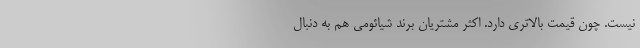
نیست. چون قیمت بالاتری دارد. اکثر مشتریان برند شیائومی هم به دنبال